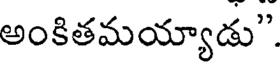
అంకితమయ్యాడు"